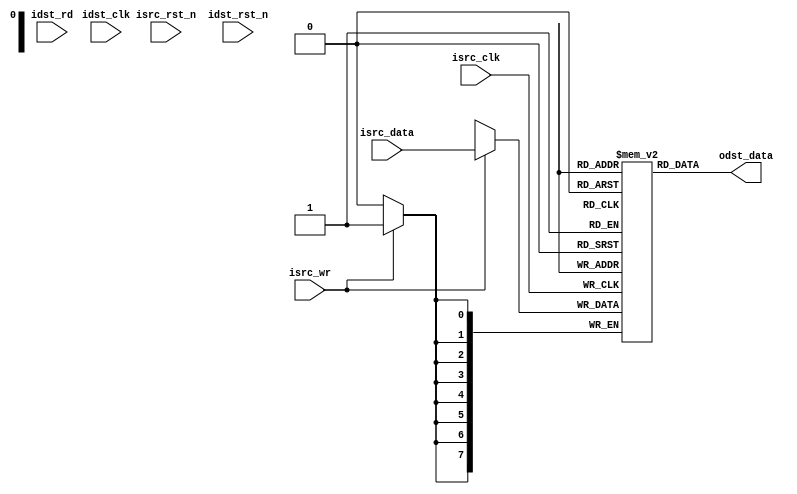
module async_buf #(
   parameter DATA_WIDTH = 8,
   parameter DEPTH      = 1
)(
   input                   isrc_rst_n,
   input                   isrc_clk,
   input                   isrc_wr,
   input [DATA_WIDTH-1:0]  isrc_data,

   input                   idst_rst_n,
   input                   idst_clk,
   input                   idst_rd,
   output [DATA_WIDTH-1:0] odst_data
);

   reg [DATA_WIDTH-1:0] buffer [0:DEPTH-1];

   reg [$clog2(DEPTH)-1:0] read_addr, write_addr;

   always @(posedge isrc_clk or negedge isrc_rst_n) begin
      if (!isrc_rst_n)
         write_addr <= {$clog2(DEPTH){1'b0}};
      else if (isrc_wr && (write_addr != (read_addr-1)))
         write_addr = write_addr + 1'b1;
   end

   always @(posedge idst_clk or negedge idst_rst_n) begin
      if (!idst_rst_n)
         read_addr <= {$clog2(DEPTH){1'b0}};
      else if (idst_rd && (read_addr != (write_addr-1)))
         read_addr = read_addr + 1'b1;
   end

   always @(posedge isrc_clk)
      if (isrc_wr) buffer[write_addr] <= isrc_data;

   assign odst_data = buffer[read_addr];

endmodule